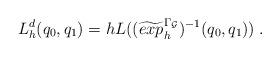
LaTeX: \begin{align*}L^d_h(q_0, q_1)=h L((\widetilde{exp}^{\Gamma_{\mathcal G}}_{h})^{-1}(q_0, q_1))\; . \end{align*}